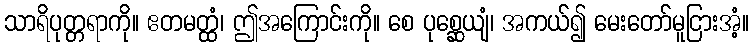
သာရိပုတ္တရာကို။ ဧတမတ္ထံ၊ ဤအကြောင်းကို။ စေ ပုစ္ဆေယျံ၊ အကယ်၍ မေးတော်မူငြားအံ့။